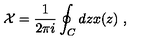
\mathcal { X } = \frac { 1 } { 2 \pi i } \oint _ { C } d z x ( z ) \ ,